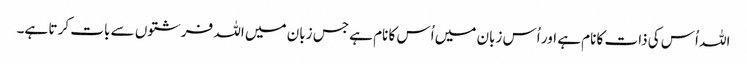
اللہ اُس کی ذات کا نام ہے اور اُس زبان میں اُس کا نام ہے جس زبان میں اللہ فرشتوں سے بات کر تا ہے۔